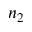
n _ { 2 }